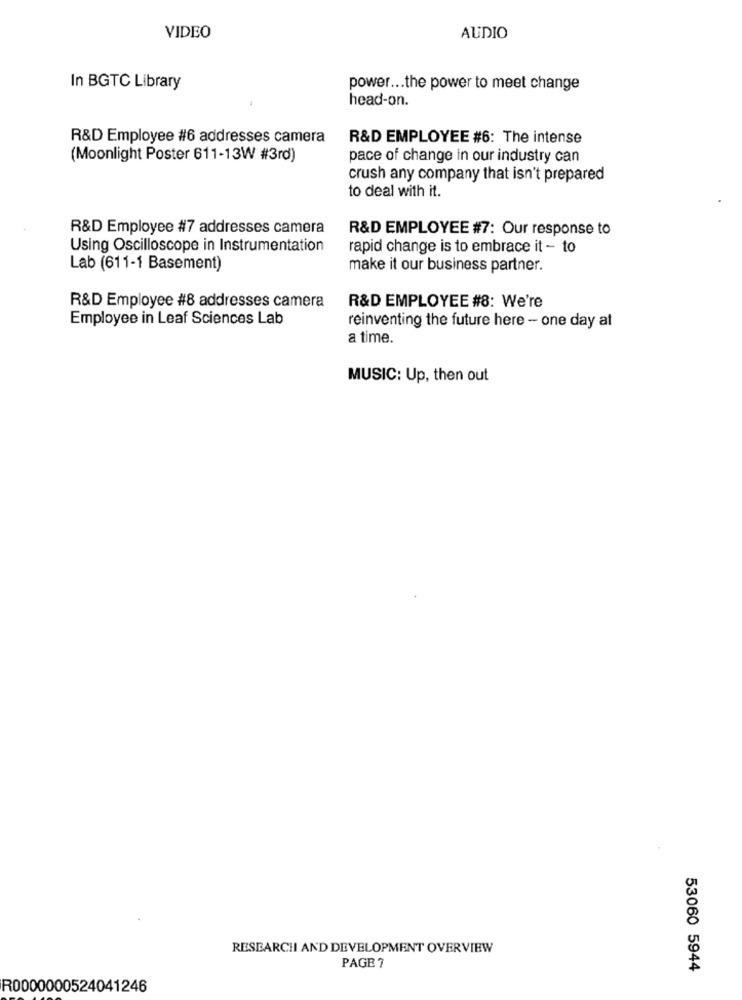
VIDEO
AUDIO
In BGTC Library
power ... the power to meet change
head-on.
R&D Employee #6 addresses camera
R&D EMPLOYEE #6: The intense
(Moonlight Poster 611-13W #3rd)
pace of change in our industry can
crush any company that isn't prepared
to deal with it.
R&D Employee #7 addresses camera
R&D EMPLOYEE #7: Our response to
Using Oscilloscope in Instrumentation
rapid change is to embrace it - to
Lab (611-1 Basement)
make it our business partner.
R&D Employee #8 addresses camera
R&D EMPLOYEE #8: We're
Employee in Leaf Sciences Lab
reinventing the future here - one day at
a time.
MUSIC: Up, then out
RESEARCH AND DEVELOPMENT OVERVIEW
PAGE ?
53060 5944
R0000000524041246